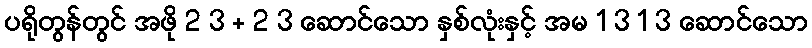
ပရိုတွန်တွင် အဖို 2 3 + 2 3 ဆောင်သော နှစ်လုံးနှင့် အမ 1 3 1 3 ဆောင်သော